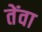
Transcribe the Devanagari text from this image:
तेंवा